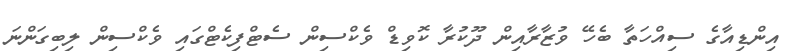
އިންޑިއާގެ ސިއްހަތާ ބެހޭ ވުޒާރާއިން ދޫކުރާ ކޮވިޑް ވެކްސިން ސެޓްފިކެޓްގައި ވެކްސިން ލިބިގަންނަ